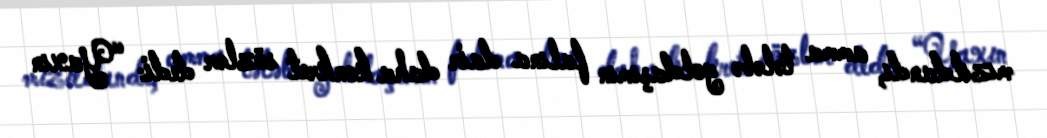
mızıldandı, amma tələbə yoldaşımın falına dair daha konkret sözlər dedi: “Yaxın